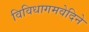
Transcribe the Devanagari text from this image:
विविधागमवेदिने